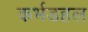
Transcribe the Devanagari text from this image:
कर्भडहल